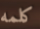
كلمه